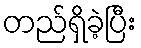
တည်ရှိခဲ့ပြီး